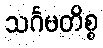
သင်္ဂမတိစ္စ